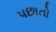
પછાતો